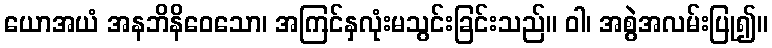
ယောအယံ အနဘိနိဝေသော၊ အကြင်နှလုံးမသွင်းခြင်းသည်။ ဝါ၊ အစွဲအလမ်းပြု၍။